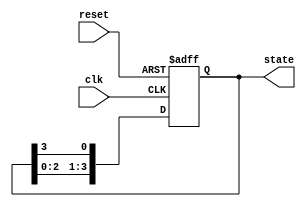
module ring_counter #(
    parameter WIDTH = 4  // Number of flip-flops (bits)
) (
    input wire clk,      // Clock signal
    input wire reset,    // Asynchronous reset signal
    output reg [WIDTH-1:0] state  // Current state of the ring counter
);

// Initial state of the ring counter
initial begin
    state = 1'b1;  // Start with a single '1' in the first flip-flop
end

// Always block for the ring counter behavior
always @(posedge clk or posedge reset) begin
    if (reset) begin
        state <= 1'b1;  // Reset to initial state
    end else begin
        // Circular shift: Move the '1' to the left
        state <= {state[WIDTH-2:0], state[WIDTH-1]}; // Shift left and wrap around
    end
end

endmodule